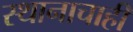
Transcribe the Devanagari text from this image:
स्थानाचाही